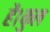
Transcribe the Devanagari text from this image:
है।कुल